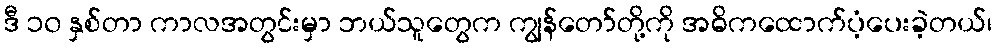
ဒီ ၁၀ နှစ်တာ ကာလအတွင်းမှာ ဘယ်သူတွေက ကျွန်တော်တို့ကို အဓိကထောက်ပံ့ပေးခဲ့တယ်၊